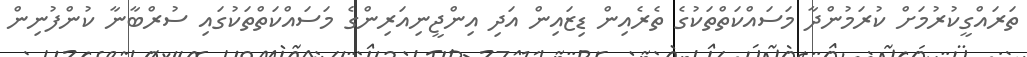
ތަރައްގީކުރުމަށް ކުރަމުންދާ މަސައްކަތްތަކުގެ ތެރެއިން ޑިޒައިން އަދި އިންޖީނިއަރިންގެ މަސައްކަތްތަކުގައި ސުރްބާނާ ކުންފުނިން